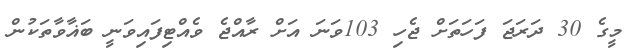
މީގެ 30 ދަރަޖަ ފަހަތަށް ޖެހި 103ވަނަ އަށް ރާއްޖެ ވެއްޓިފައިވަނީ ބަޣާވާތަކުން